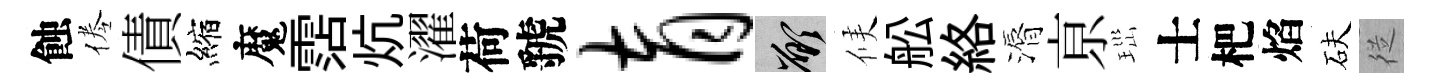
蝕倦債縮魔霑炕濯荷虢育願候舩絡漘亰𤤼士杷焰砆従